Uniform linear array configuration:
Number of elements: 16
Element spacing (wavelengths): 0.25
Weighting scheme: uniform
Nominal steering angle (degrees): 45
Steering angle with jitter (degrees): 46.827
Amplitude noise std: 0.05
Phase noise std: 0.05

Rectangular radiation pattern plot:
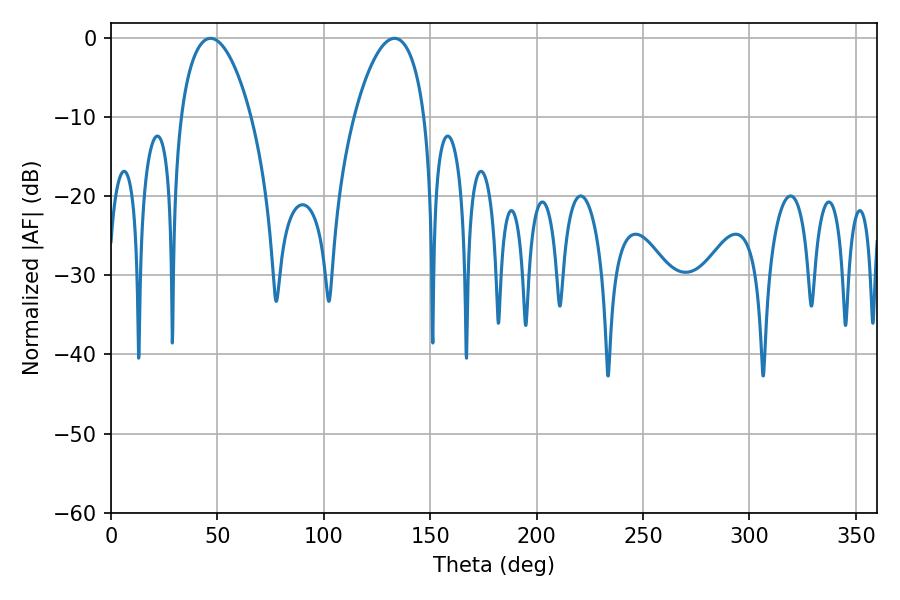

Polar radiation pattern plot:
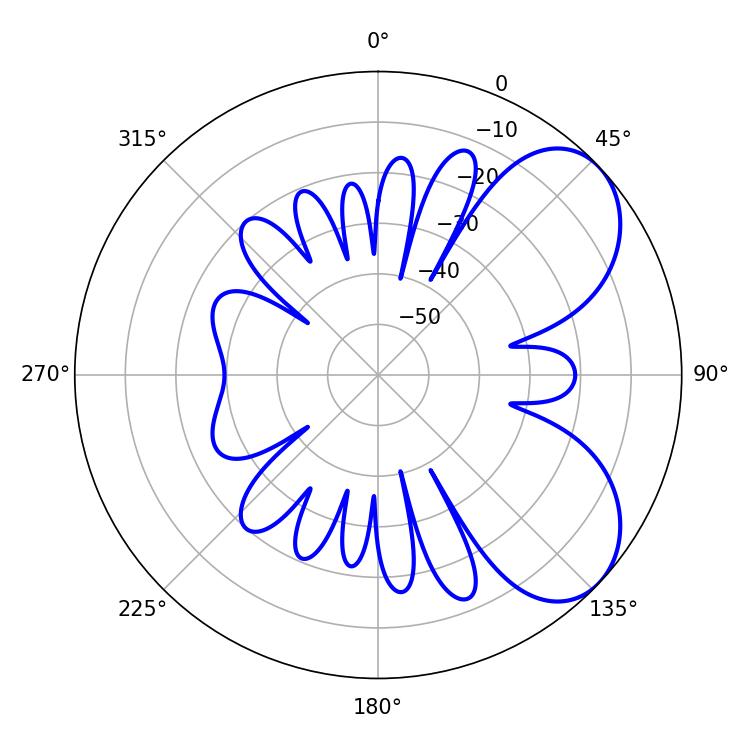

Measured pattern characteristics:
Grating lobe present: FALSE
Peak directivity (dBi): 5.948
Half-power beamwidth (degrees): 18.54
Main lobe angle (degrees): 46.8